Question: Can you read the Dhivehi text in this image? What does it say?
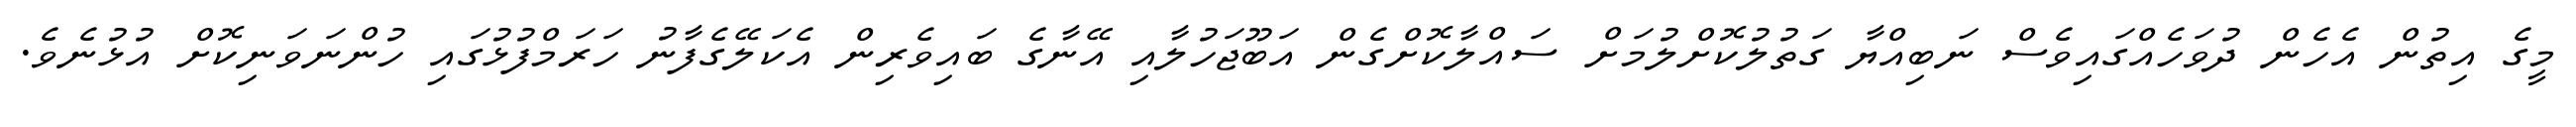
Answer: މީގެ އިތުން އެހެން ދުވަހެއްގައިވެސް ނަބިއްޔާ ގަތުލުކޮށްލުމަށް ސައްލާކޮށްގެން އަބޫޖަހުލާއި އޭނާގެ ބައިވެރިން އެކަލޭގެފާނު ހަރަމްފުޅުގައި ހުންނަވަނިކޮށް އުޅުނެވެ.